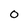
Character: o